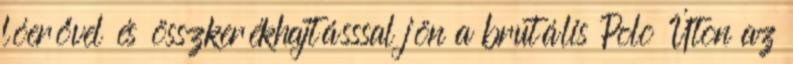
lóerővel és összkerékhajtásssal jön a brutális Polo Úton az